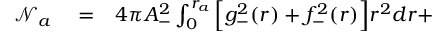
\begin{array} { r l r } { \mathcal { N } _ { a } } & { { } = } & { 4 \pi A _ { - } ^ { 2 } \int _ { 0 } ^ { r _ { a } } \Big [ g _ { - } ^ { 2 } ( r ) + f _ { - } ^ { 2 } ( r ) \Big ] r ^ { 2 } d r + } \end{array}